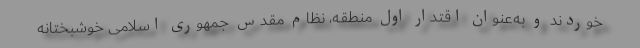
خوردند و به‌عنوان اقتدار اول منطقه، نظام مقدس جمهوری اسلامی خوشبختانه